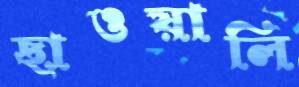
ছাওয়ালি